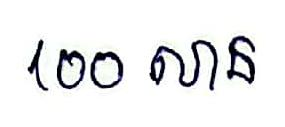
100 លាន